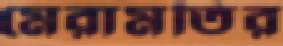
মেরামতির